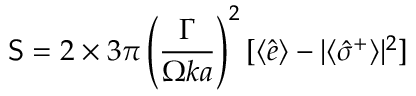
{ \sf S } = 2 \times 3 \pi \left( \frac { \Gamma } { \Omega k a } \right) ^ { 2 } [ \langle \hat { e } \rangle - | \langle \hat { \sigma } ^ { + } \rangle | ^ { 2 } ]